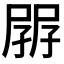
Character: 𡥷